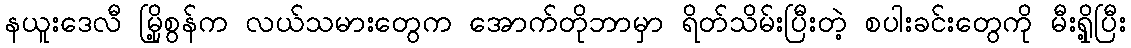
နယူးဒေလီ မြို့စွန်က လယ်သမားတွေက အောက်တိုဘာမှာ ရိတ်သိမ်းပြီးတဲ့ စပါးခင်းတွေကို မီးရှို့ပြီး